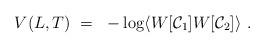
LaTeX: \begin{align*}V(L,T)~=~-\log \langle W[{\cal C}_1]W[{\cal C}_2]\rangle ~.\end{align*}